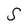
Character: S